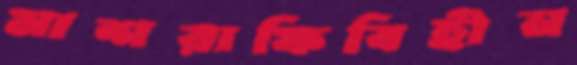
মাশরাফিবিহীন